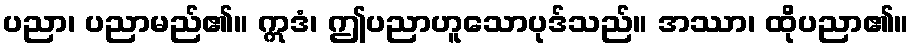
ပညာ၊ ပညာမည်၏။ ဣဒံ၊ ဤပညာဟူသောပုဒ်သည်။ အဿာ၊ ထိုပညာ၏။